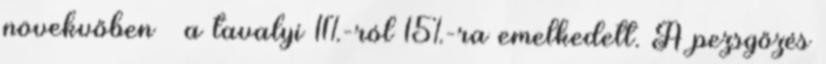
növekvőben – a tavalyi 11%-ról 15%-ra emelkedett. A pezsgőzés